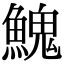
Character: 𩹷